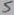
Text: 5